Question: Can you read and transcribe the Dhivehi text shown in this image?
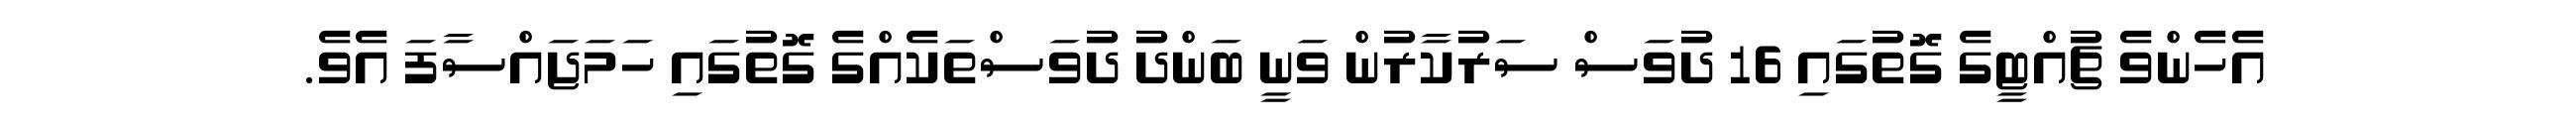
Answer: އެހެންވެ ޗުއްޓީގެ ގޮތުގައި 16 ދުވަސް ސަރުކާރުން ވަނީ ބަންދު ދުވަސްތަކެއްގެ ގޮތުގައި ހަމަޖައްސާފަ އެވެ.